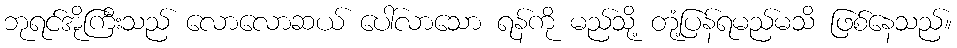
ဘုရင်အိုကြီးသည် လောလောဆယ် ပေါ်လာသော ရန်ကို မည်သို့ တုံ့ပြန်ရမည်မသိ ဖြစ်နေသည်။